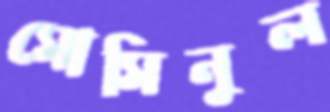
মোমিনুল